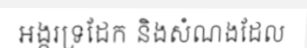
អង្ករទ្រដែក និងសំណងដែល